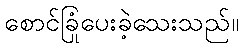
စောင်ခြုံပေးခဲ့သေးသည်။